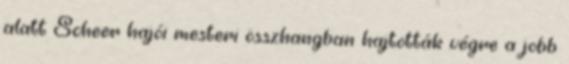
alatt Scheer hajói mesteri összhangban hajtották végre a jobb